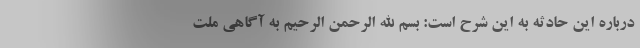
درباره این حادثه به این شرح است: بسم الله الرحمن الرحیم به آگاهی ملت